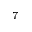
^ 7